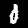
Digit: 0